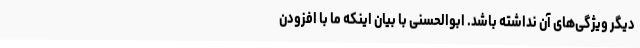
دیگر ویژگی‌های آن نداشته باشد. ابوالحسنی با بیان اینکه ما با افزودن